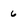
Character: 6